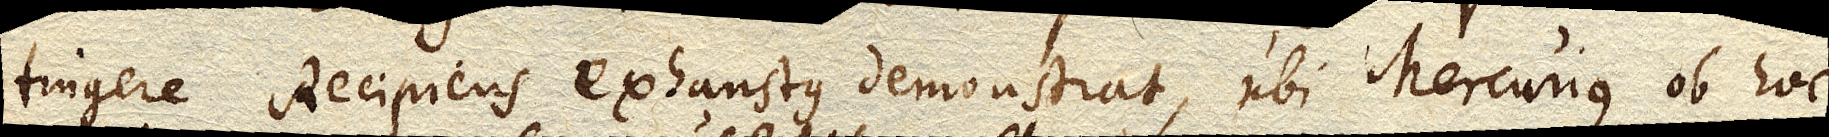
tingere Recipiens exhaustus demonstrat, ubi Mercurius ob hoc